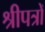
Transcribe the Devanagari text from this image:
श्रीपत्रों